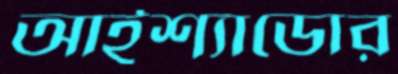
আইশ্যাডোর